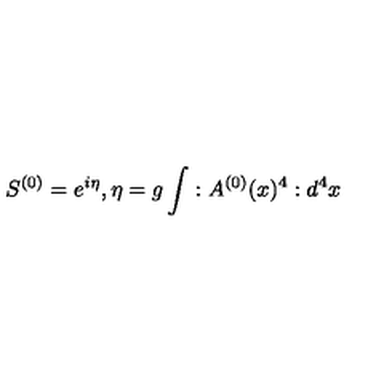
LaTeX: S ^ { ( 0 ) } = e ^ { i \eta } , \eta = g \int : A ^ { ( 0 ) } ( x ) ^ { 4 } : d ^ { 4 } x